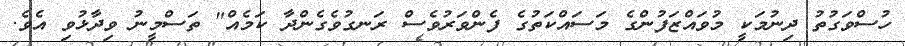
ހުސްވަގުތު ދިނުމަކީ މުވައްޒަފުންގެ މަސައްކަތުގެ ފެންވަރުވެސް ރަނގުވެގެންދާ ކަމެއް" ތަސްމީނު ވިދާޅުވި އެވެ.